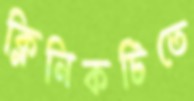
ক্লিনিকটিতে